Indian journal of veterinary science and animal husbandry - Volume 4,
Year: 1934
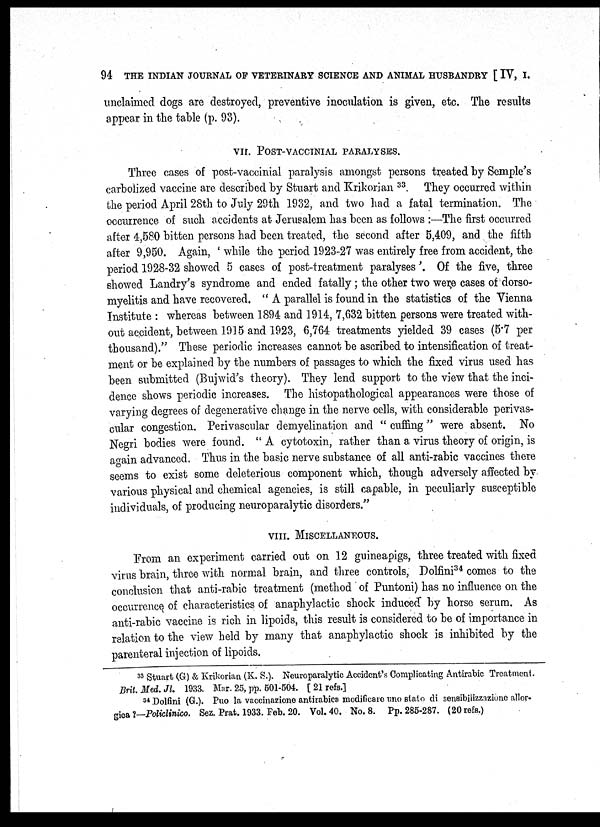
94 THE INDIAN JOURNAL OF VETERINARY SCIENCE AND ANIMAL HUSBANDRY [ IV, I.
unclaimed dogs are destroyed, preventive inoculation is given, etc. The results
appear in the table (p. 93).
VII. POST-VACCINIAL PARALYSES.
Three cases of post-vaccinial paralysis amongst persons treated by Semple's
carbolized vaccine are described by Stuart and Krikorian 33. They occurred within
the period April 28th to July 29th 1932, and two had a fatal termination. The
occurrence of such accidents at Jerusalem has been as follows :—The first occurred
after 4,580 bitten persons had been treated, the second after 5,409, and the fifth
after 9,950. Again, ' while the period 1923-27 was entirely free from accident, the
period 1928-32 showed 5 cases of post-treatment paralyses '. Of the five, three
showed Landry's syndrome and ended fatally ; the other two were cases of dorso¬
myelitis and have recovered. " A parallel is found in the statistics of the Vienna
Institute: whereas between 1894 and 1914, 7,632 bitten persons were treated with-
out accident, between 1915 and 1923, 6,764 treatments yielded 39 cases (5.7 per
thousand)." These periodic increases cannot be ascribed to intensification of treat-
ment or be explained by the numbers of passages to which the fixed virus used has
been submitted (Bujwid's theory). They lend support to the view that the inci-
dence shows periodic increases. The histopathological appearances were those of
varying degrees of degenerative change in the nerve cells, with considerable perivas-
cular congestion. Perivascular demyelination and " cuffing" were absent. No
Negri bodies were found. " A cytotoxin, rather than a virus theory of origin, is
again advanced. Thus in the basic nerve substance of all anti-rabic vaccines there
seems to exist some deleterious component which, though adversely affected by
various physical and chemical agencies, is still capable, in peculiarly susceptible
individuals, of producing neuroparalytic disorders."
VIII. MISCELLANEOUS.
From an experiment carried out on 12 guineapigs, three treated with fixed
virus brain, three with normal brain, and three controls, Dolfini 34 comes to the
conclusion that anti-rabic treatment (method of Puntoni) has no influence on the
occurrence of characteristics of anaphylactic shock induced by horse serum. As
anti-rabic vaccine is rich in lipoids, this result is considered to be of importance in
relation to the view held by many that anaphylactic shock is inhibited by the
parenteral injection of lipoids.
33 Stuart (G) & Krikorian (K. S.). Neuroparalytic Accident's Complicating Antirabic Treatment.
Brit. Med. Jl. 1933. Mar. 25, pp. 501-504. [ 21 refs.]
34 Dolfini (G.). Puo la vaccinazione antirabica modificare uno stato di sensibilizzazione aller¬
gica ?—Policlinico. Sez. Prat. 1933. Feb. 20. Vol.40. No. 8. Pp. 285-287. (20 refs.)